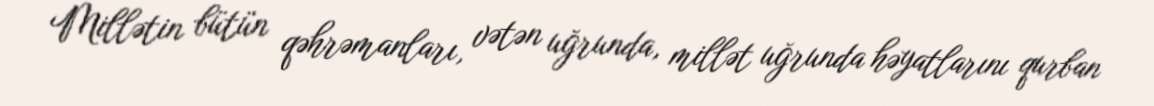
Millətin bütün qəhrəmanları, vətən uğrunda, millət uğrunda həyatlarını qurban